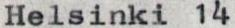
Helsinki 14